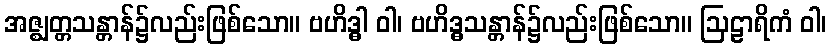
အဇ္ဈတ္တသန္တာန်၌လည်းဖြစ်သော။ ဗဟိဒ္ဓါ ဝါ၊ ဗဟိဒ္ဓသန္တာန်၌လည်းဖြစ်သော။ ဩဠာရိကံ ဝါ၊